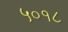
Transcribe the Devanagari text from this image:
५०१८